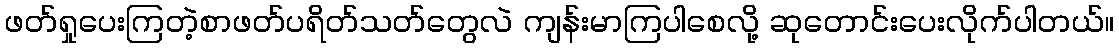
ဖတ်ရှုပေးကြတဲ့စာဖတ်ပရိတ်သတ်တွေလဲ ကျန်းမာကြပါစေလို့ ဆုတောင်းပေးလိုက်ပါတယ်။